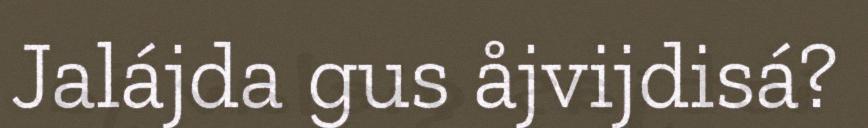
Jalájda gus åjvijdisá?